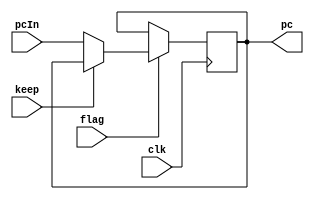
`timescale 1ns / 1ps
//////////////////////////////////////////////////////////////////////////////////
// Company: 
// Engineer: 
// 
// Design Name: 
// Module Name: PC
// Project Name: 
// Target Devices: 
// Tool Versions: 
// Description: 
// 
// Dependencies: 
// 
// Revision:
// Revision 0.01 - File Created
// Additional Comments:
// 
//////////////////////////////////////////////////////////////////////////////////


module PC(
    input clk,
    input flag,
    input keep,
    input [31:0] pcIn,
    output reg [31:0] pc
    );
    
    initial pc=0;
    always @(posedge clk) begin
    if(flag==0)pc=pc;
    else if(keep==1)pc=pc;
    else
    pc=pcIn;
    
    end
endmodule